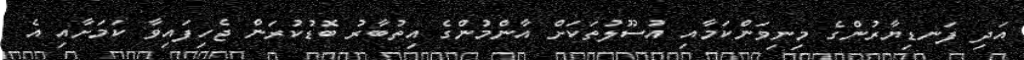
އަދި ފަނޑިޔާރުންގެ މިނިވަންކަމާއި އުސޫލުތަކަށް އާންމުންގެ އިތުބާރު ބޮޑުކުރަން ޖެހިފައިވާ ކަމަށާއި އެ